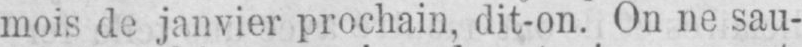
mois de janvier prochain, dit-on. On ne sau-